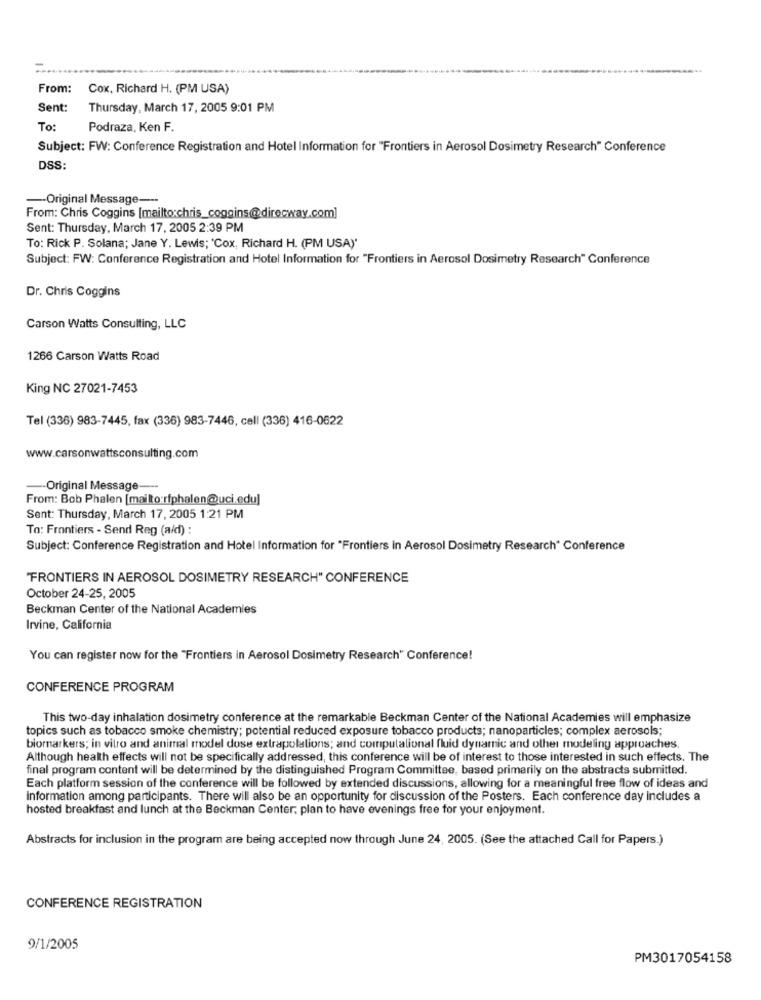
From:
Cox, Richard H. (PM USA)
Sent:
Thursday, March 17, 2005 9:01 PM
To:
Podraza, Ken F.
Subject: FW: Conference Registration and Hotel Information for "Frontiers in Aerosol Dosimetry Research" Conference
DSS:
-- Original Message ---
From: Chris Coggins [mailto:chris_coggins@direcway.com]
Sent: Thursday, March 17, 2005 2:39 PM
To: Rick P. Solana; Jane Y. Lewis; 'Cox, Richard H. (PM USA)'
Subject: FW: Conference Registration and Hotel Information for "Frontiers in Aerosol Dosimetry Research" Conference
Dr. Chris Coggins
Carson Watts Consulting, LLC
1266 Carson Watts Road
King NC 27021-7453
Tel (336) 983-7445, fax (336) 983-7446, cell (336) 416-0622
www.carsonwattsconsulting.com
-- Original Message ---
From: Bob Phalen [mailto rfphalen@uci.edu]
Sent: Thursday, March 17, 2005 1:21 PM
To: Frontiers - Send Rag (a/d) :
Subject: Conference Registration and Hotel Information for "Frontiers in Aerosol Dosimetry Research" Conference
"FRONTIERS IN AEROSOL DOSIMETRY RESEARCH" CONFERENCE
October 24-25, 2005
Beckman Center of the National Academies
Irvine, California
You can register now for the "Frontiers in Aerosol Dosimetry Research" Conference!
CONFERENCE PROGRAM
This two-day inhalation dosimetry conference at the remarkable Beckman Center of the National Academies will emphasize
topics such as tobacco smoke chemistry; potential reduced exposure tobacco products; nanoparticles; complex aerosols;
biomarkers; in vitro and animal model dose extrapolations; and computational fluid dynamic and other modeling approaches.
Although health effects will not be specifically addressed, this conference will be of interest to those interested in such effects. The
final program content will be determined by the distinguished Program Committee, based primarily on the abstracts submitted.
Each platform session of the conference will be followed by extended discussions, allowing for a meaningful free flow of ideas and
Information among participants. There will also be an opportunity for discussion of the Posters. Each conference day includes a
hosted breakfast and lunch at the Beckman Center; plan to have evenings free for your enjoyment.
Abstracts for inclusion in the program are being accepted now through June 24, 2005. (See the attached Call for Papers.)
CONFERENCE REGISTRATION
9/1/2005
PM3017054158